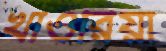
খাওরিয়া